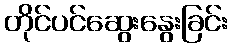
တိုင်ပင်ဆွေးနွေးခြင်း